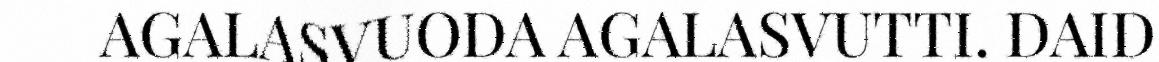
AGALASVUODA AGALASVUTTI. DAID